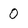
Character: 0